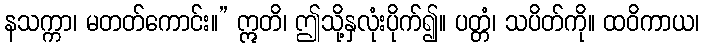
နသက္ကာ၊ မတတ်ကောင်း။” ဣတိ၊ ဤသို့နှလုံးပိုက်၍။ ပတ္တံ၊ သပိတ်ကို။ ထဝိကာယ၊